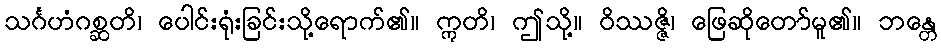
သင်္ဂဟံဂစ္ဆတိ၊ ပေါင်းရုံးခြင်းသို့ရောက်၏။ ဣတိ၊ ဤသို့။ ဝိဿဇ္ဇိ၊ ဖြေဆိုတော်မူ၏။ ဘန္တေ